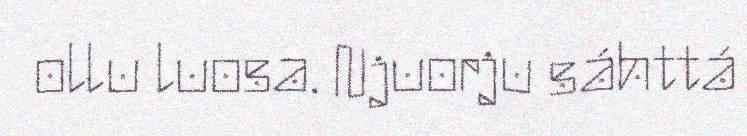
ollu luosa. Njuorju sáhttá